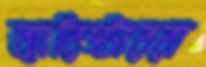
ব্যারিস্টাররা